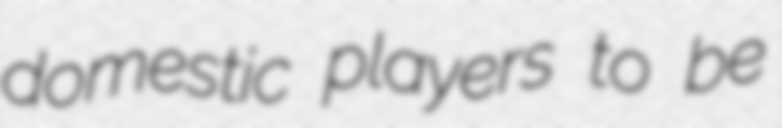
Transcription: domestic players to be